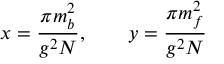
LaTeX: x = \frac { \pi m _ { b } ^ { 2 } } { g ^ { 2 } N } , \qquad y = \frac { \pi m _ { f } ^ { 2 } } { g ^ { 2 } N }